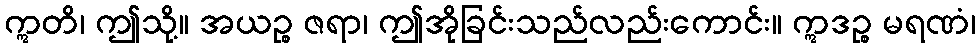
ဣတိ၊ ဤသို့။ အယဉ္စ ဇရာ၊ ဤအိုခြင်းသည်လည်းကောင်း။ ဣဒဉ္စ မရဏံ၊